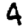
Digit: 4